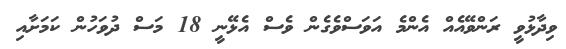
ވިދާޅުވީ ރަންވޭއެއް އެންމެ އަވަސްވެގެން ވެސް އެޅޭނީ 18 މަސް ދުވަހުން ކަމަށާއި